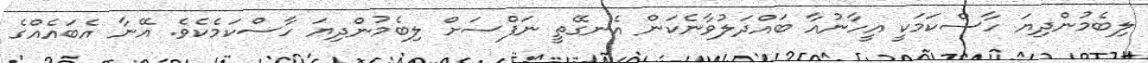
ލިބެމުންދިޔަ ހާސްކަމަކީ އީހާނުއާ ބައްދަލުވާނެކަން އެނގޭތީ ނަފްސަށް ލިބެމުންދިޔަ ހާސްކަމެކެވެ. އޭނާ އެބައެއްގެ